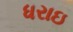
ધરાઇ